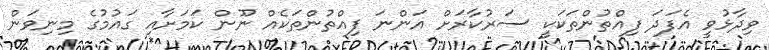
ވިދާޅުވީ އެފަދަ ފިއްތުންތަކަކީ ސަރުކާރަށް އަންނަ ފިއްތުންތަކެއް ނޫން ކަމަށާއި ގައުމުގެ މިނިވަން